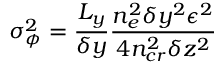
\sigma _ { \phi } ^ { 2 } = \frac { L _ { y } } { \delta y } \frac { n _ { e } ^ { 2 } \delta y ^ { 2 } \epsilon ^ { 2 } } { 4 n _ { c r } ^ { 2 } \delta z ^ { 2 } }